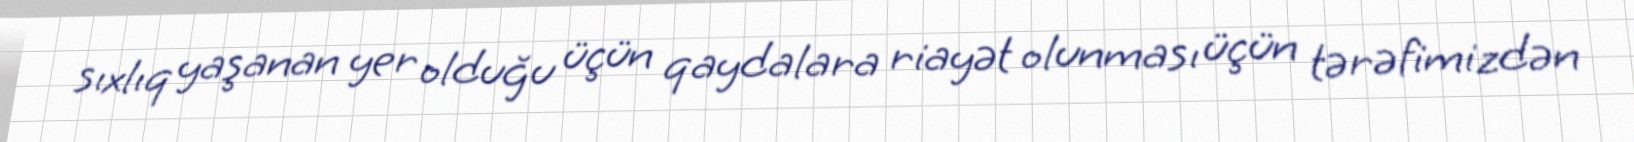
sıxlıq yaşanan yer olduğu üçün qaydalara riayət olunması üçün tərəfimizdən